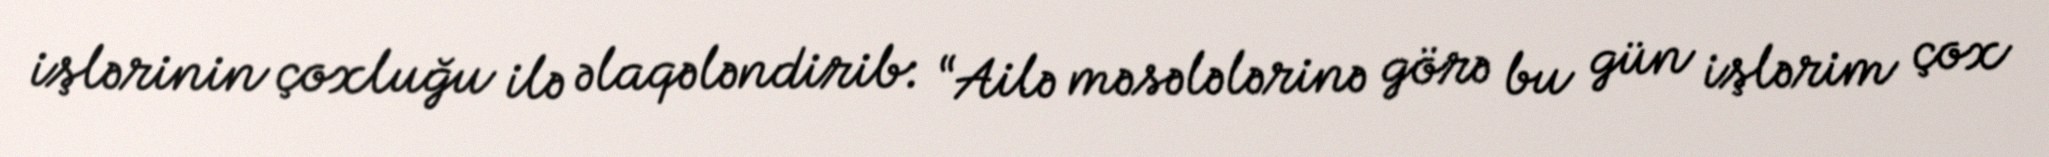
işlərinin çoxluğu ilə əlaqələndirib: “Ailə məsələlərinə görə bu gün işlərim çox